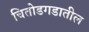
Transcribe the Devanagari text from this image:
चितोडगडातील